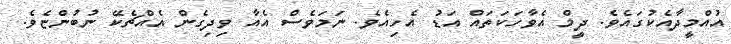
އުއްމީދާއެކުގައެވެ. ދީމް އެވާހަކަތައް އަޑު އެހިއެވެ. ނަމަވެސް އެއާ ވިދިގެން އެއްޗެކޭ ނުބުންޏެވެ.